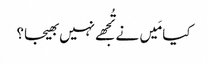
کیا مَیں نے تُجھے نہیں بھیجا؟